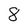
Character: 8